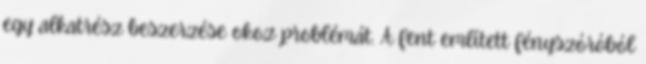
egy alkatrész beszerzése okoz problémát. A fent említett fényszóróból